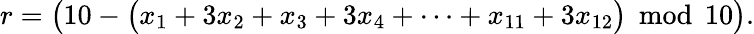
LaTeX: r={\big(}10-{\big(}x_{1}+3x_{2}+x_{3}+3x_{4}+\cdots+x_{11}+3x_{12}{\big)}\, {\bmod{\, }}10{\big)}.